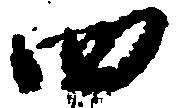
四